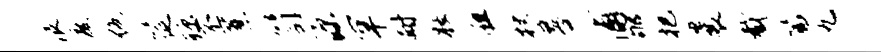
浪度绝筵琼丕蔗笥源罕耐妆粗杖晷浦郇把曩截篇九